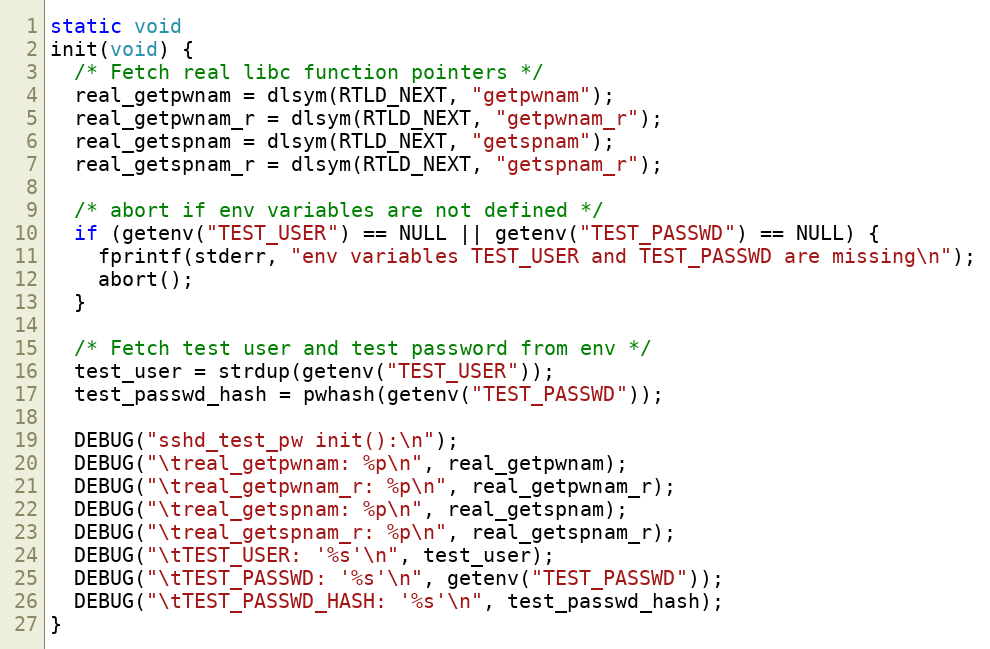
Language: C
static void
init(void) {
  /* Fetch real libc function pointers */
  real_getpwnam = dlsym(RTLD_NEXT, "getpwnam");
  real_getpwnam_r = dlsym(RTLD_NEXT, "getpwnam_r");
  real_getspnam = dlsym(RTLD_NEXT, "getspnam");
  real_getspnam_r = dlsym(RTLD_NEXT, "getspnam_r");

  /* abort if env variables are not defined */
  if (getenv("TEST_USER") == NULL || getenv("TEST_PASSWD") == NULL) {
    fprintf(stderr, "env variables TEST_USER and TEST_PASSWD are missing\n");
    abort();
  }

  /* Fetch test user and test password from env */
  test_user = strdup(getenv("TEST_USER"));
  test_passwd_hash = pwhash(getenv("TEST_PASSWD"));

  DEBUG("sshd_test_pw init():\n");
  DEBUG("\treal_getpwnam: %p\n", real_getpwnam);
  DEBUG("\treal_getpwnam_r: %p\n", real_getpwnam_r);
  DEBUG("\treal_getspnam: %p\n", real_getspnam);
  DEBUG("\treal_getspnam_r: %p\n", real_getspnam_r);
  DEBUG("\tTEST_USER: '%s'\n", test_user);
  DEBUG("\tTEST_PASSWD: '%s'\n", getenv("TEST_PASSWD"));
  DEBUG("\tTEST_PASSWD_HASH: '%s'\n", test_passwd_hash);
}